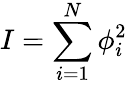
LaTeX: I=\sum_{i=1}^{N}\phi_{i}^{2}